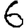
Digit: 6